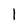
Character: l